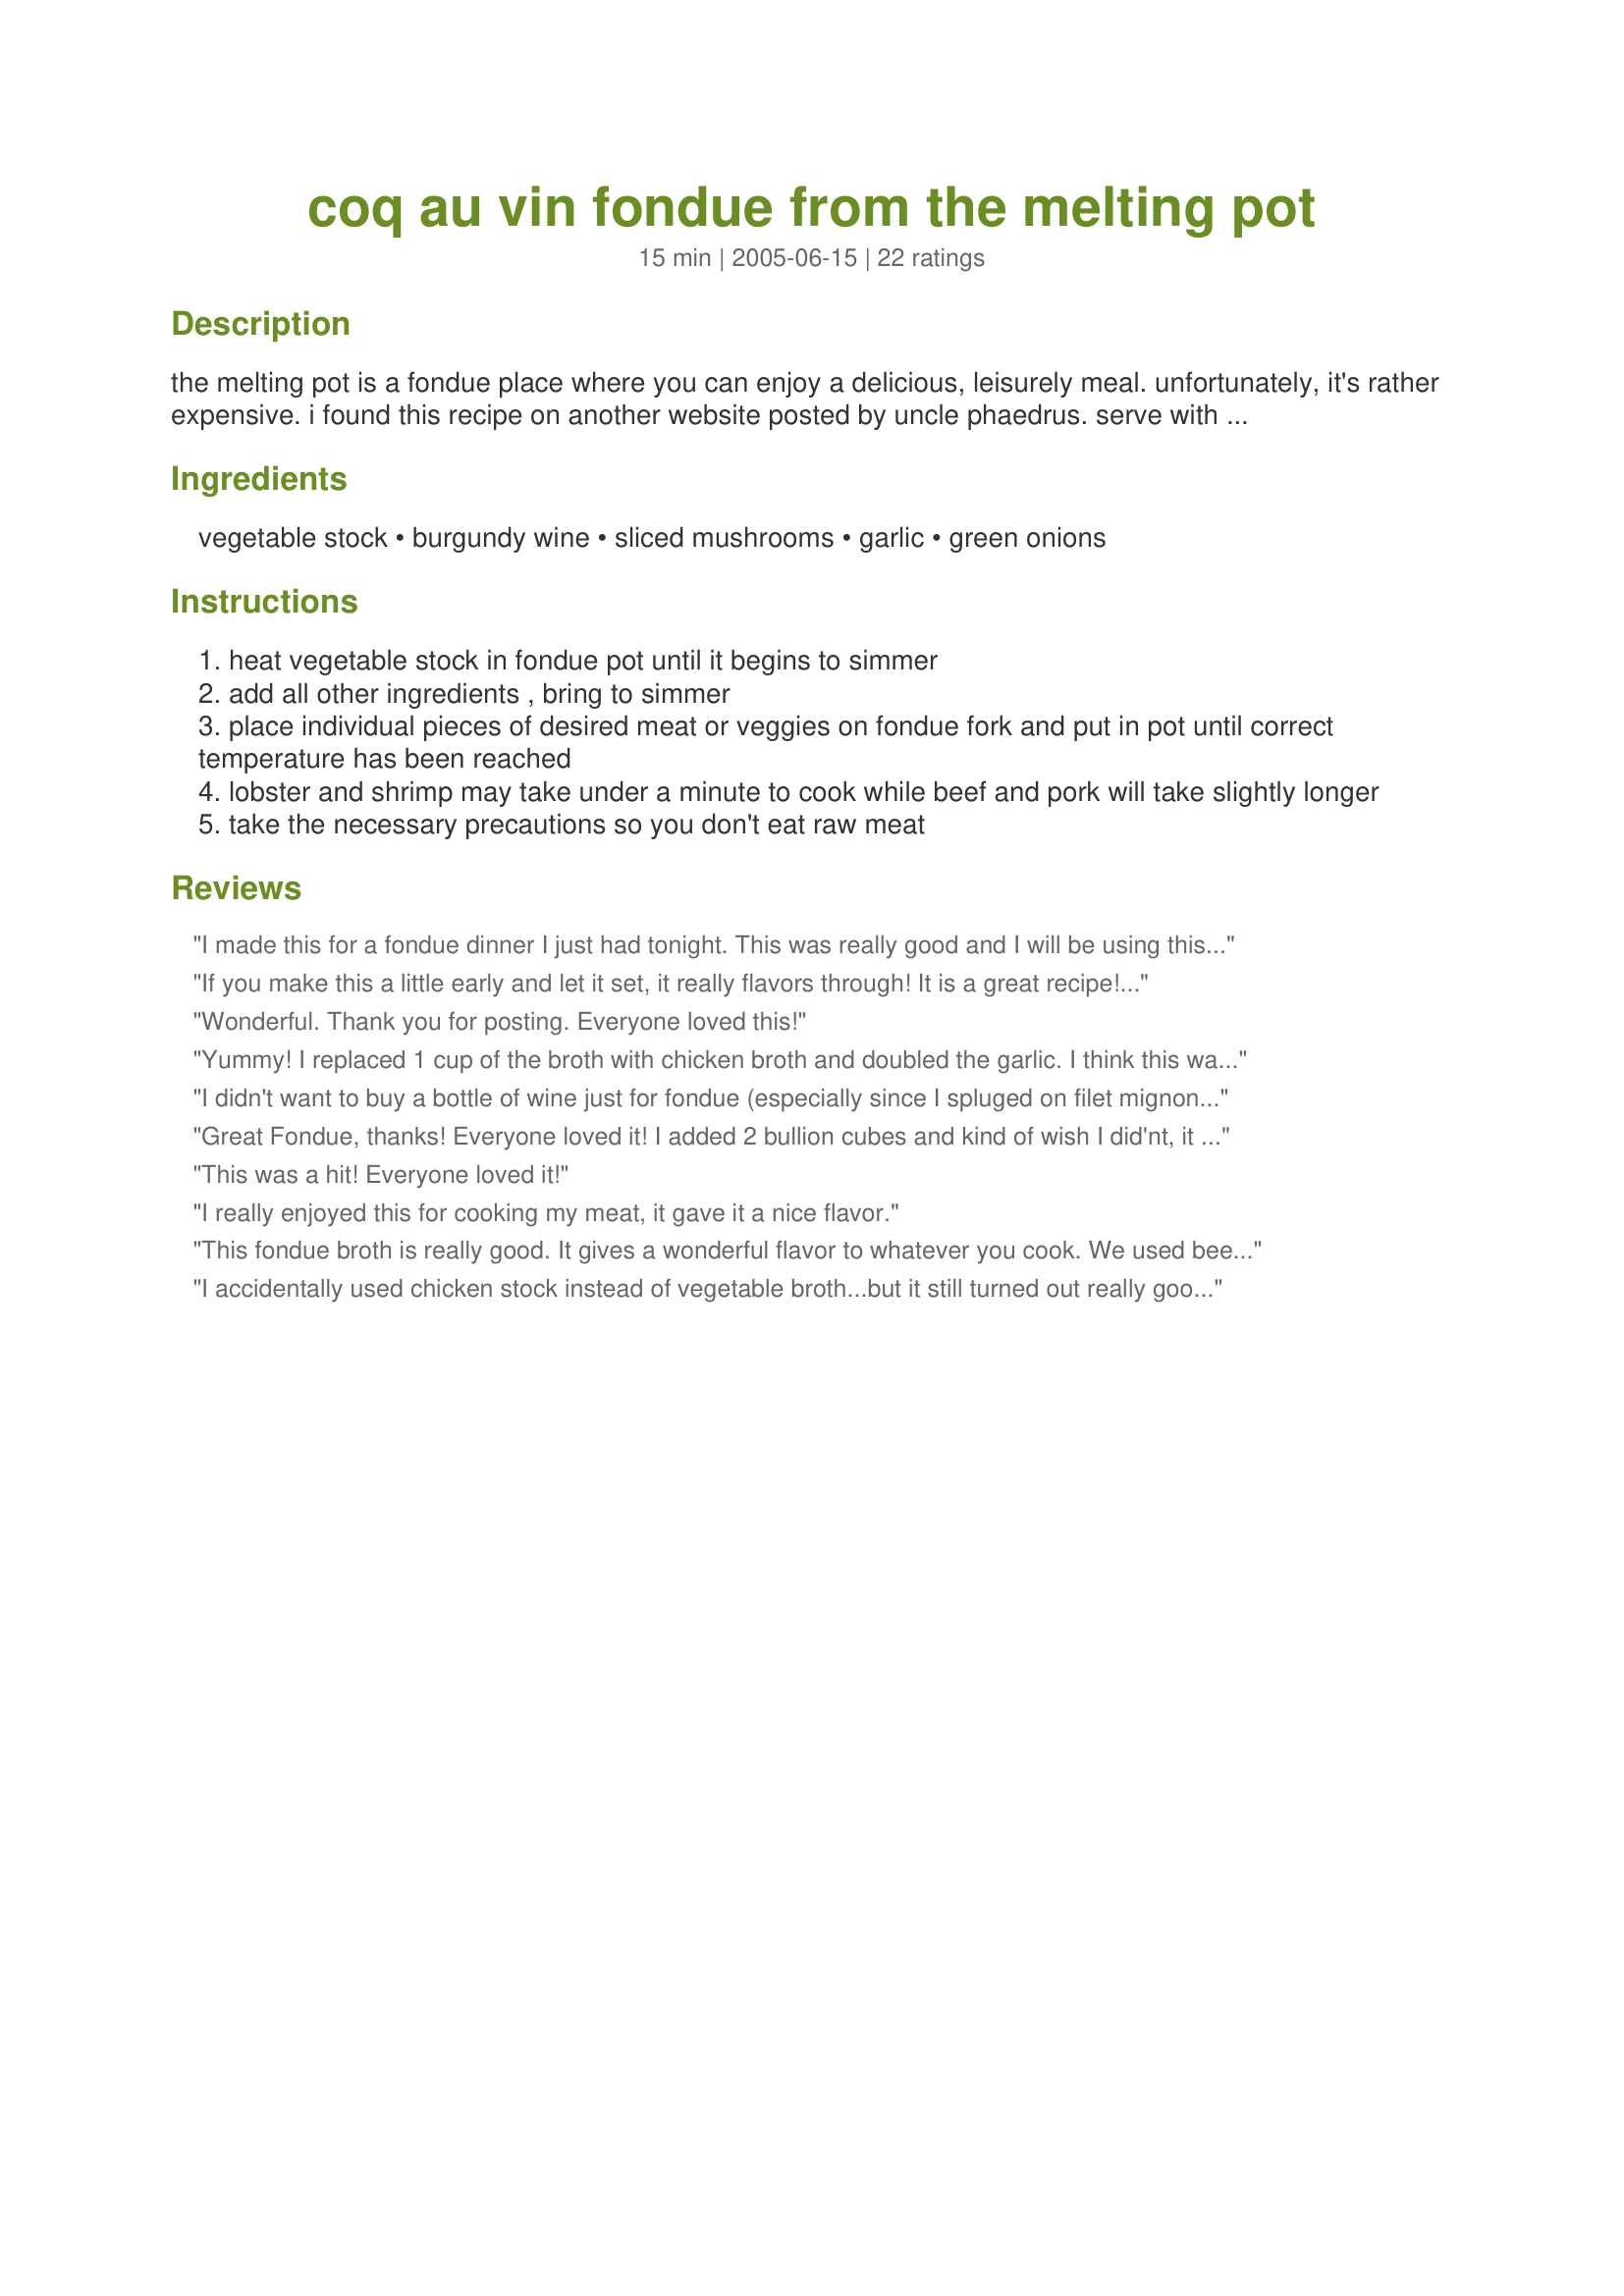
coq au vin fondue from the melting pot
Preparation time: 15 minutes

the melting pot is a fondue place where you can enjoy a delicious, leisurely meal. unfortunately, it's rather expensive. i found this recipe on another website posted by uncle phaedrus. serve with your choice of uncooked meats and veggies. let guests cook their choice of meats and veggies in the fondue broth.

Ingredients:
vegetable stock, burgundy wine, sliced mushrooms, garlic, green onions

Steps:
heat vegetable stock in fondue pot until it begins to simmer
add all other ingredients , bring to simmer
place individual pieces of desired meat or veggies on fondue fork and put in pot until correct temperature has been reached
lobster and shrimp may take under a minute to cook while beef and pork will take slightly longer
take the necessary precautions so you don't eat raw meat

Reviews:
I made this for a fondue dinner I just had tonight. This was really good and I will be using this recipe again I'm sure. Thank you for posting.<br/>Rachel C.
If you make this a little early and let it set, it really flavors through! It is a great recipe! Highly recommend! Great with garlic butter and bleu cheese dips.
Wonderful. Thank you for posting. Everyone loved this!
Yummy! I replaced 1 cup of the broth with chicken broth and doubled the garlic. I think this was at least as good as the melting pots and sooo much less expensive. Thanks for a great recipe!
I didn't want to buy a bottle of wine just for fondue (especially since I spluged on filet mignon!) so I took the other review's suggestion of adding vegetable boullion to this. It was wonderful! May not have been exactly Coq Au Vin, but it was yummy & we'll def. make it again. I think even using the burgandy wine that the extra boullion would make a big difference in the flavor.
Great Fondue, thanks! Everyone loved it! I added 2 bullion cubes and kind of wish I did'nt, it made it a bit salty and took away from the wine/merlot flavor so be carefull and make it as written first, only add boullion after you let everything simmer together if you think it still needs more kick!
This was a hit! Everyone loved it!
I really enjoyed this for cooking my meat, it gave it a nice flavor.
This fondue broth is really good. It gives a wonderful flavor to whatever you cook. We used beef tenderloin, chicken breast and shrimp. All fabulous. Thanks!
I accidentally used chicken stock instead of vegetable broth...but it still turned out really good. I can&#039;t wait to bust out my fondue pot again to make this the correct way. Great recipe!
I used this recipe for a New Years Eve fondue dinner party, and it worked out really well. I added more garlic than suggested in the recipe, otherwise followed as written. Will use this again, for sure.
Made this for New Years Eve. I did add more wine & and extra vegetable bullion cube to boost the flavor. Great taste - and very much like the Melting Pot's version. Will make this again. Thanks!
Just like the Melting Pot...Amazing!!!
Again another fondue that tasted just like the Melting Pot. I did add baby new red potatoes that I halved and started the potatoes and vegetable stock at the same time once it came to a boil I did add all the other ingredients and left it cooking until after we were finished with the cheese fondue and than added whole baby portobello mushrooms. For people like me that do not know wines that well pinot noir is the same as Burgundy wine. I used both a pound of shrimp and beef tenderloin and everybody really enjoyed this fondue along with the potatoes and mushrooms plus a horseradish sauce and aioli sauce I also made to compliment the vegetables and seafood/meat.
We stayed in for Valentine's Day and had this, and it was very close to the real thing. I only wish we had access to some of the dipping sauces they provided. Our fondue pot is a little large, so I think we need to double the recipe next time so that the liquid goes over the meats to fully cook. I also used a cabernet wine. It worked great, thanks for posting!
This was just like the Melting Pot and less expensive. For 2, we used 1/2 large chicken breast (5 oz), 6 oz beef fillet, some large chunks of potatoes, mushrooms, cauliflower and broccoli florets. For dipping sauces, we used horseradish cream, blue cheese butter, BBQ, sweet & sour, teriyaki, and a Thai style peanut. For company, we are planning to serve all of the above with a Spring mix salad with pecans, dried cranberry, and raspberry dressing, plus ice cream for dessert. Awesome!
This was AWFUL compared to the Melting Pot. So bland and tasteless. I was hugely disappointed.
We tried this recipe several times and really liked it, then we went to the Melting Pot and had theirs... it was soo much better. I tasted the Melting Pots version and it was much more strong than this recipe. The next time we made fondue I added 3 Knorr vegetable bouillon cubes and a bit more wine... voilÃ !
I used 4 cups vegetable broth (not sure if that's the same thing as stock), and also added extra garlic and bouillon. I used merlot for the wine. We cooked red potatoes and broccoli for veggies, and chicken, sirloin, and shrimp for meat. The shrimp was especially delicious, and cooked really quick.
We do a fondue night every year and this is a permanent recipe on that menu. We do not drink alcohol so I just substitue grape juice (which I know is not even close) but it works for us. We love this recipe!
This was extremely good and so much better then all the fat. Thanks for posting.
Yum!
